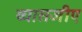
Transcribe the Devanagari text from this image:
व्यासजीए